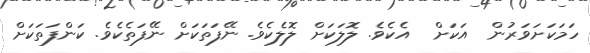
ހަމަކަށަވަރުން  އަކަށް  އެކެވެ. ލޮލަކަށް ލޮލެކެވެ. ނޭފަތަކަށް ނޭފަތެކެވެ. ކަންފަތަކަށް